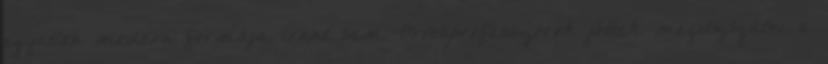
egyetlen modern formája iránt sem. Orvosprofesszorok jöttek megvizsgálni a